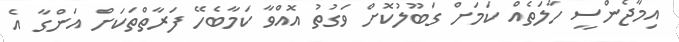
އިމާޖެންސީ ހާލަތެއް ކަމަށް ގަބޫލުކޮށް ވަގުތު އޮއްވާ ކަމާބެހޭ ފަރާތްތަކަށް އަންގާ އެ